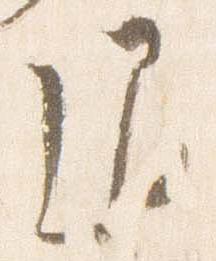
退